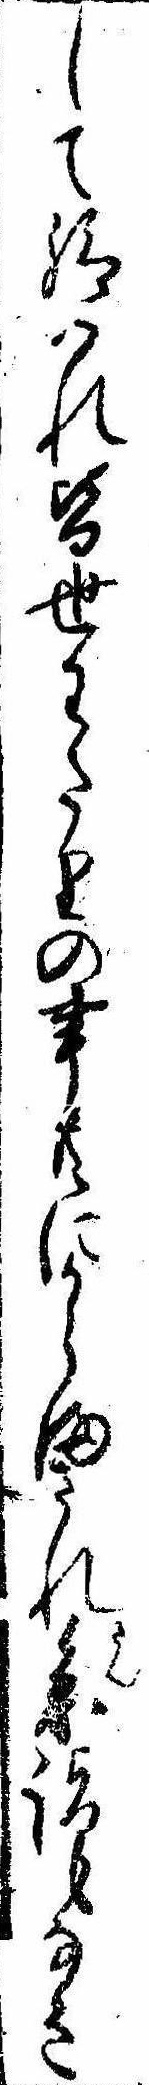
して給はれ皆世わたりの事共にからまされ参詣もなき